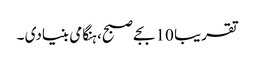
تقریبا 10 بجے صبح، ہنگامی بنیادی ۔